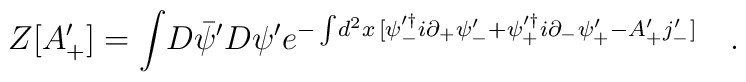
Z[A_{+}^{\prime} ] =   \int \! D \bar{\psi}^{\prime} D \psi^{\prime}e^{-\int \!    d^2 x\,[ \psi_{-}^{ \prime \dag } i  \partial_{+} \psi_{-}^{\prime} + \psi_{+}^{ \prime \dag  } i  \partial_{-} \psi_{+}^{\prime}    -  A_{+}^{\prime}    j_{-}^{\prime}]  } \quad.